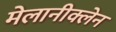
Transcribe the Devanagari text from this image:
मेलानीक्लेन